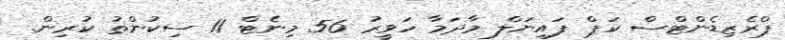
ޕްރެޒިޑެންޓްސް ކަޕް ފައިނަލް މާދަމާ ހަވީރު 56 މިނެޓް 11 ސިކުންތު ކުރިން.